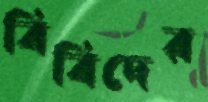
বিবিদের